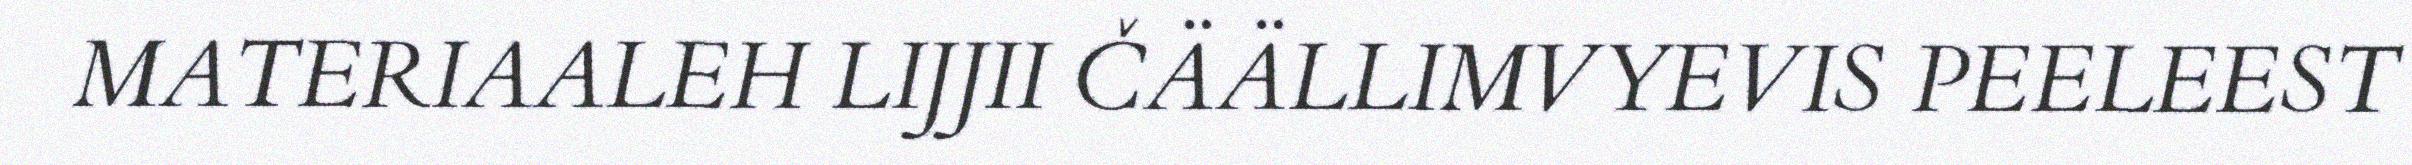
MATERIAALEH LIJJII ČÄÄLLIMVYEVIS PEELEEST